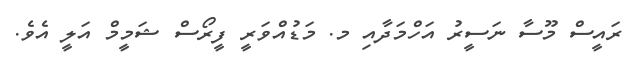
ރައީސް މޫސާ ނަސީރު އަހްމަދާއި މ. މަޑުއްވަރީ ފީރޯސް ޝަމީމް އަލީ އެވެ.